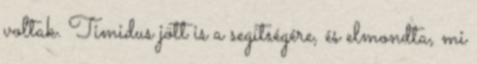
voltak. Timidus jött is a segítségére, és elmondta, mi